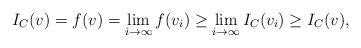
LaTeX: \begin{align*}I_C(v)=f(v)=\lim_{i\to\infty} f(v_i)\ge \lim_{i\to\infty} I_C(v_i)\ge I_C(v),\end{align*}